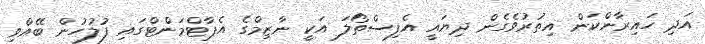
އަދި ހައިރާންކަން އިތުރުވެގެން ދިޔައީ އެފިސްތޯލަ އަކީ ނާޒިމްގެ އެޕާޓްމަންޓްގައި ފުލުހުން ބޭއްވި